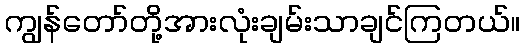
ကျွန်တော်တို့အားလုံးချမ်းသာချင်ကြတယ်။